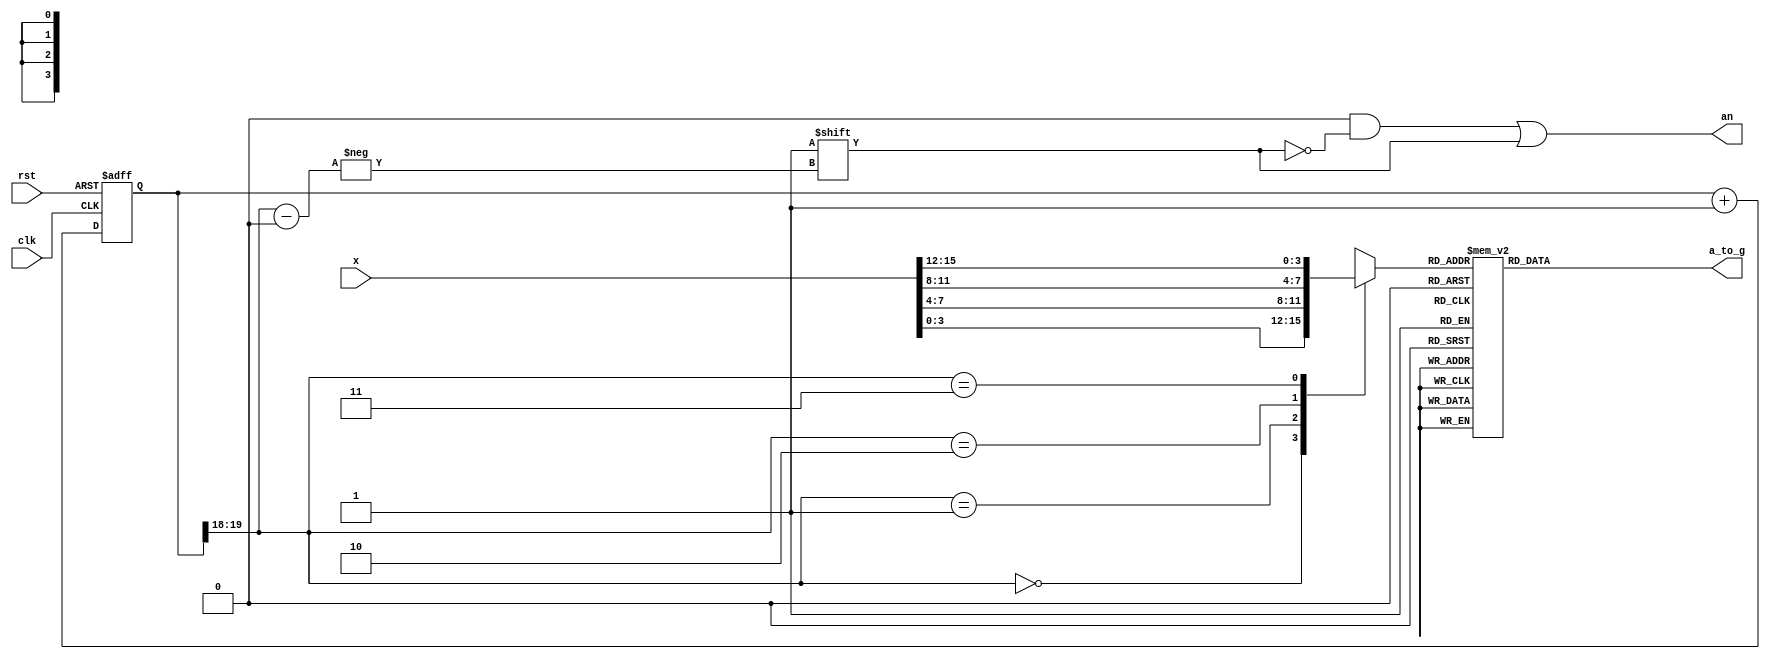
`timescale 1ns/1ps

module x7seg(
    input wire      [15:0]x,    //4
    input wire      clk,        //
    input wire      rst,        //
    output reg[6:0] a_to_g,     //
    output reg[3:0] an          //
);

    wire[1:0]       s;          //s
    reg[3:0]        digit;
    reg [19:0]      clkdiv;     //
    assign s = clkdiv[19:18];   //5.2mss
    always @(*) begin           //sdigit
        case(s)
            0: digit = x[3:0];
            1: digit = x[7:4];
            2: digit = x[11:8];
            3: digit = x[15:12];
            default: digit = x[3:0];
        endcase
    end

    always @(*) begin
        case(digit)
            0: a_to_g = 7'b1111110;
            1: a_to_g = 7'b0110000;
            2: a_to_g = 7'b1101101;
            3: a_to_g = 7'b1111001;
            4: a_to_g = 7'b0110011;
            5: a_to_g = 7'b1011011;
            6: a_to_g = 7'b1011111;
            7: a_to_g = 7'b1110000;
            8: a_to_g = 7'b1111111;
            9: a_to_g = 7'b1111011;
            'hA: a_to_g = 7'b1110111;
            'hB: a_to_g = 7'b0011111;
            'hC: a_to_g = 7'b1001110;
            'hD: a_to_g = 7'b0111101;
            'hE: a_to_g = 7'b1001111;
            'hF: a_to_g = 7'b1000111;
            default: a_to_g = 7'b1111110;
        endcase
    end

    always @(*) begin        //s
        an = 4'b0000;
        an[s] = 1;
    end
    
    always @(posedge clk or posedge rst) begin
        if (rst == 1) begin
            clkdiv <= 0;
        end else begin
            clkdiv <= clkdiv + 1;
        end
    end

endmodule